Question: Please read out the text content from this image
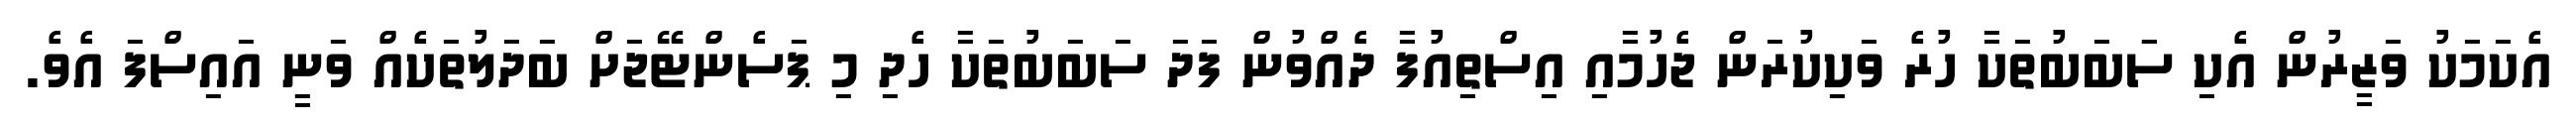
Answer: އެކަމަކު ވަޒީރުން އެކި ސަަބަބުތަކާ ހުރެ ވަކިކުރަން ޖެހުމާއި އިސްތިއުފާ ދެއްވުން ފަދަ ސަބަބުތަކާ ހެދި މި ޕަސެންޓޭޖަށް ބަދަލުތަކެއް ވަނީ އައިސްފަ އެވެ.